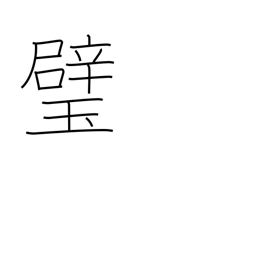
Meaning: sphere